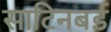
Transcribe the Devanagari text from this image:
साटिनबर्ड